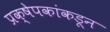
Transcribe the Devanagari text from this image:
प्रक्षेपकांकडून